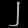
Digit: ၂